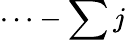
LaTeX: \cdots-\sum j